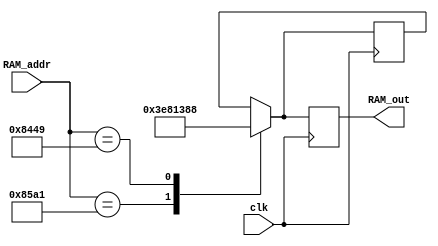
module RAM(clk, RAM_addr, RAM_out);

input clk; 
input [15:0] RAM_addr;  
output reg [15:0] RAM_out;
reg [15:0] RAM_data;


initial begin
    RAM_out = 16'd0000;
end
always@(posedge clk) begin 

    case (RAM_addr)
        16'b1000010110100001: RAM_data = 16'd1000;
        16'b1000010001001001: RAM_data = 16'd5000;
    endcase
    RAM_out <= RAM_data;
    
end
endmodule

//instruction = 4 
//0000 , 1:0 = instruction = 4 
// 3:2 = register = 4 
//logic = 1, arith = 0-> 0000, 0001, 0010, 0011 -> logical instruction , opcode used = 4 
//arith = 1, logic = 0 -> 0000, 0001, 0010, 0011 -> arithmetric instruction, opcode used = 4
//addressing mode =1 -> 0000, 0001, 0010, 0011 
//00 01 10 11 
//00 = operand1 = R0, operand2 = R1;
//01 = operand1 = R0, operand2 = R1;
//10 = operand1 = R1, operand2 = R2;
//11 = operand1 = R1, operand2 = R2;
//opcode 00/00
//opcode add = load acc, load op1's register 1 
//opcode mvi = next pc instruction set value, load op1's register 2
//opcode lda = load acc, load next pc instruction's value 
//              , next pc instruction's value => acc
//operand1 = 001 
//operand2 = 010 

//opcode = 0000 
//mode = 00 

//controller = loadAcc = 1, loadOp1 = 1
//Todo: hardcore register 1 - 7 value
//Todo: accumulator register value 
//





//opcode : 0000 & op1 : 000 & op2 : 000
//opcode : 000000 
//op1 : 00
//op2 : 00
//([1:0] op1, 00,01,10,11) , ([3:2] op2, 00,01,10,11) 
//op1 : 00 (register1) ---> 6 
//op2 : 00 (register5) ---> 10
//op1 : 4 register = register 1,2,3,4 00(1)
//op2 : 4 reigster = register 5,6,7,8

//opcode : 000/000/0000
//opcode : 001/010/0000
//opcode : 0000/000/000
//opcode : 1000/111/110
//case 
//op1 = register 1 load register 1
//op2 = register 2 load register 2


// 00 register 1 
// 01 regidter 2
// 10 regidter 3
// 11 register 4 
// 00 register 5
// 01 register 6
// 10 register 7
// 11 register 8